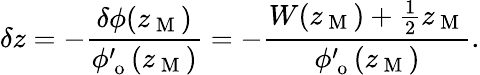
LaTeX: \delta z=-\frac{\delta\phi(z_{\mathrm{~M~}})}{\phi_{\mathrm{~o~}}^{\prime}(z_{\mathrm{~M~}})}=-\frac{W(z_{\mathrm{~M~}})+\frac{1}{2}z_{\mathrm{~M~}}}{\phi_{\mathrm{~o~}}^{\prime}(z_{\mathrm{~M~}})}.